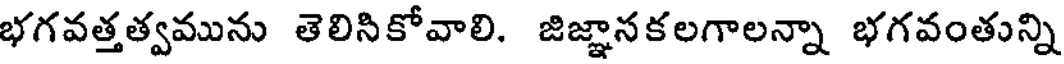
భగవత్తత్వమును తెలిసికోవాలి. జిజ్ఞానకలగాలన్నా భగవంతున్ని